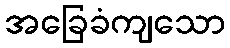
အခြေခံကျသော